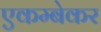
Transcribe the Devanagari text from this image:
एकम्बेकर